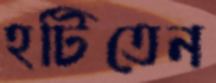
হটিতেন